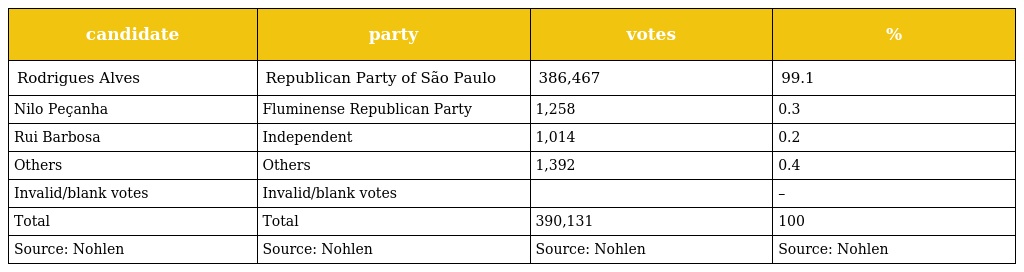
| candidate | party | votes | % |
 | --- | --- | --- | --- |
 | Rodrigues Alves | Republican Party of São Paulo | 386,467 | 99.1 |
 | Nilo Peçanha | Fluminense Republican Party | 1,258 | 0.3 |
 | Rui Barbosa | Independent | 1,014 | 0.2 |
 | Others | Others | 1,392 | 0.4 |
 | Invalid/blank votes | Invalid/blank votes |  | – |
 | Total | Total | 390,131 | 100 |
 | Source: Nohlen | Source: Nohlen | Source: Nohlen | Source: Nohlen |